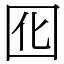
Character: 囮